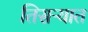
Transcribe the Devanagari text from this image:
तिसऱ्यात